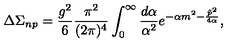
\Delta \Sigma _ { n p } = \frac { g ^ { 2 } } 6 \frac { \pi ^ { 2 } } { ( 2 \pi ) ^ { 4 } } \int _ { 0 } ^ { \infty } \frac { d \alpha } { \alpha ^ { 2 } } e ^ { - \alpha m ^ { 2 } - \frac { \tilde { p } ^ { 2 } } { 4 \alpha } } ,